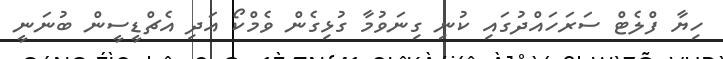
ހިޔާ ފްލެޓް ސަރަހައްދުގައި ކުނި ގިނަވުމާ ގުޅިގެން ވެމްކޯ އަދި އެޗްޑީސީން ބުނަނީ